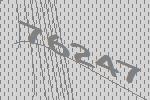
76247